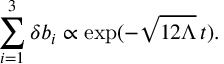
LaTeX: \sum _ { i = 1 } ^ { 3 } \delta b _ { i } \propto \exp ( - \sqrt { 1 2 \Lambda } \, t ) .